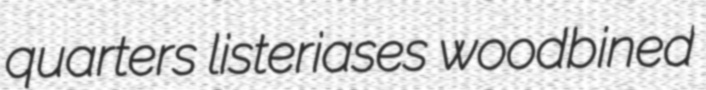
quarters listeriases woodbined